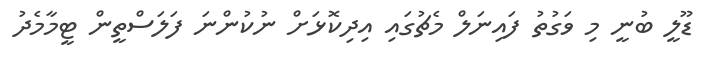
ޑޫލީ ބުނީ މި ވަގުތު ފައިނަލް މެޗުގައި އިދިކޮޅަށް ނުކުންނަ ފަލަސްތީން ޓީމާމެދު